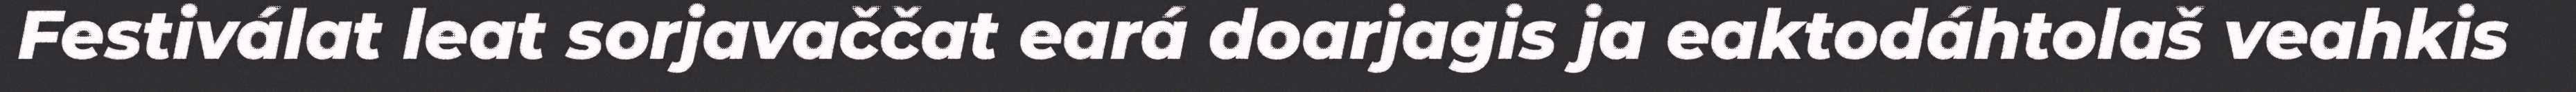
Festiválat leat sorjavaččat eará doarjagis ja eaktodáhtolaš veahkis